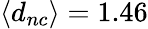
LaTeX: \langle d_{nc}\rangle=1.46